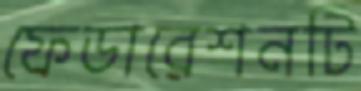
ফেডারেশনটি